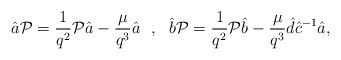
\begin{align*}\hat{a}{\cal P}=\frac{1}{q^2}{\cal P}\hat{a}-\frac{\mu}{q^3}\hat{a}~~,~~\hat{b}{\cal P}=\frac{1}{q^2}{\cal P}\hat{b}-\frac{\mu}{q^3}\hat{d}\hat{c}^{-1}\hat{a}, \end{align*}